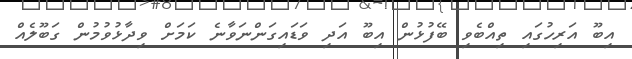
އިބޫ އަރިހުގައި ތިއްބެވި ބޭފުޅުން އިބޫ އަދި ވަޑައިގަންނަވާނެ ކަމަށް ވިދާޅުވުމުން ގަބޫލެއް